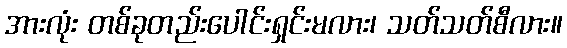
အားလုံး တစ်ခုတည်းပေါင်းရှင်းမလား၊ သတ်သတ်စီလား။